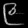
Digit: ၉